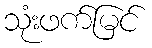
သုံးဖက်မြင်